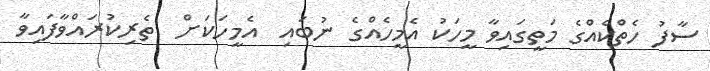
ސާފު ހެތްކެއްގެ މަތީގައިވާ މީހަކު އެމީހެއްގެ ނުބައި  އެމީހަކަށް  ތެރިކުރައްވާފައިވާ